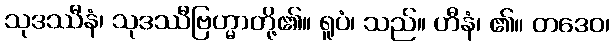
သုဒဿီနံ၊ သုဒဿီဗြဟ္မာတို့၏။ ရူပံ၊ သည်။ ဟီနံ၊ ၏။ တဒေဝ၊